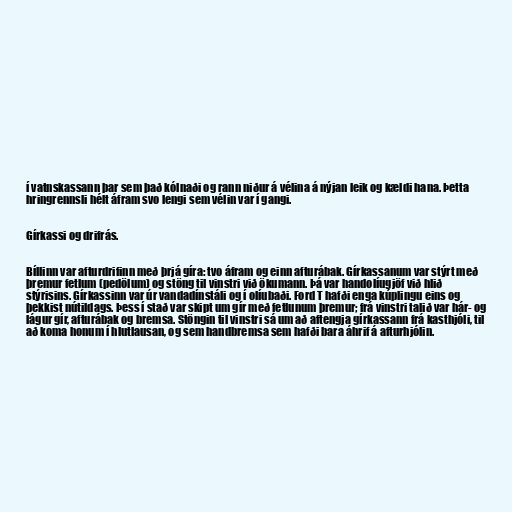
í vatnskassann þar sem það kólnaði og rann niður á vélina á nýjan leik og kældi hana. Þetta
hringrennsli hélt áfram svo lengi sem vélin var í gangi.

Gírkassi og drifrás.

Bíllinn var afturdrifinn með þrjá gíra: tvo áfram og einn afturábak. Gírkassanum var stýrt með
þremur fetlum (pedölum) og stöng til vinstri við ökumann. Þá var handolíugjöf við hlið
stýrisins. Gírkassinn var úr vandadínstáli og í olíubaði. Ford T hafði enga kúplingu eins og
þekkist nútildags. Þess í stað var skipt um gír með fetlunum þremur; frá vinstri talið var hár- og
lágur gír, afturábak og bremsa. Stöngin til vinstri sá um að aftengja gírkassann frá kasthjóli, til
að koma honum í hlutlausan, og sem handbremsa sem hafði bara áhrif á afturhjólin.